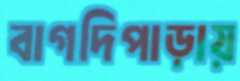
বাগদিপাড়ায়